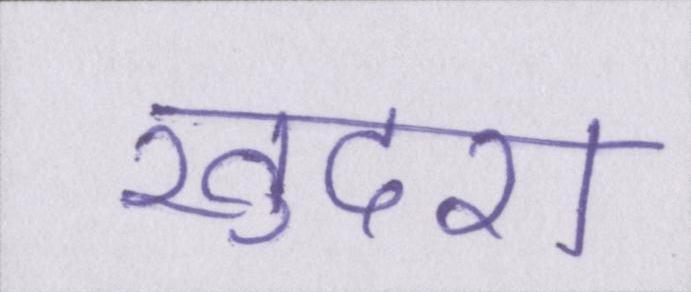
खुदरा